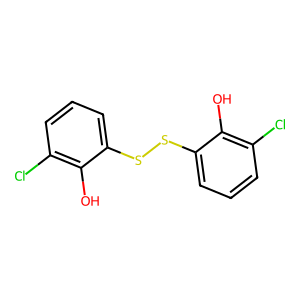
SMILES: Oc1c(Cl)cccc1SSc1cccc(Cl)c1O
Inhibits HIV replication: No